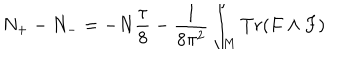
LaTeX: N _ { + } - N _ { - } = - N { \frac { \tau } { 8 } } - { \frac { 1 } { 8 \pi ^ { 2 } } } \int _ { M } T r ( F \wedge F )